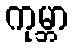
ကုမ္ဘာ